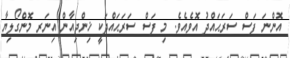
އޮންނަ ފަސް ސަރަޙައްދު އޮވެއެވެ. މި ފަސް ސަރަޙައްދަކީ ޚިންޖިއާން އިނަރ މޮންގޯލިޔާ